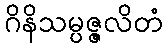
ဂိနိသမ္ပဇ္ဇလိတံ